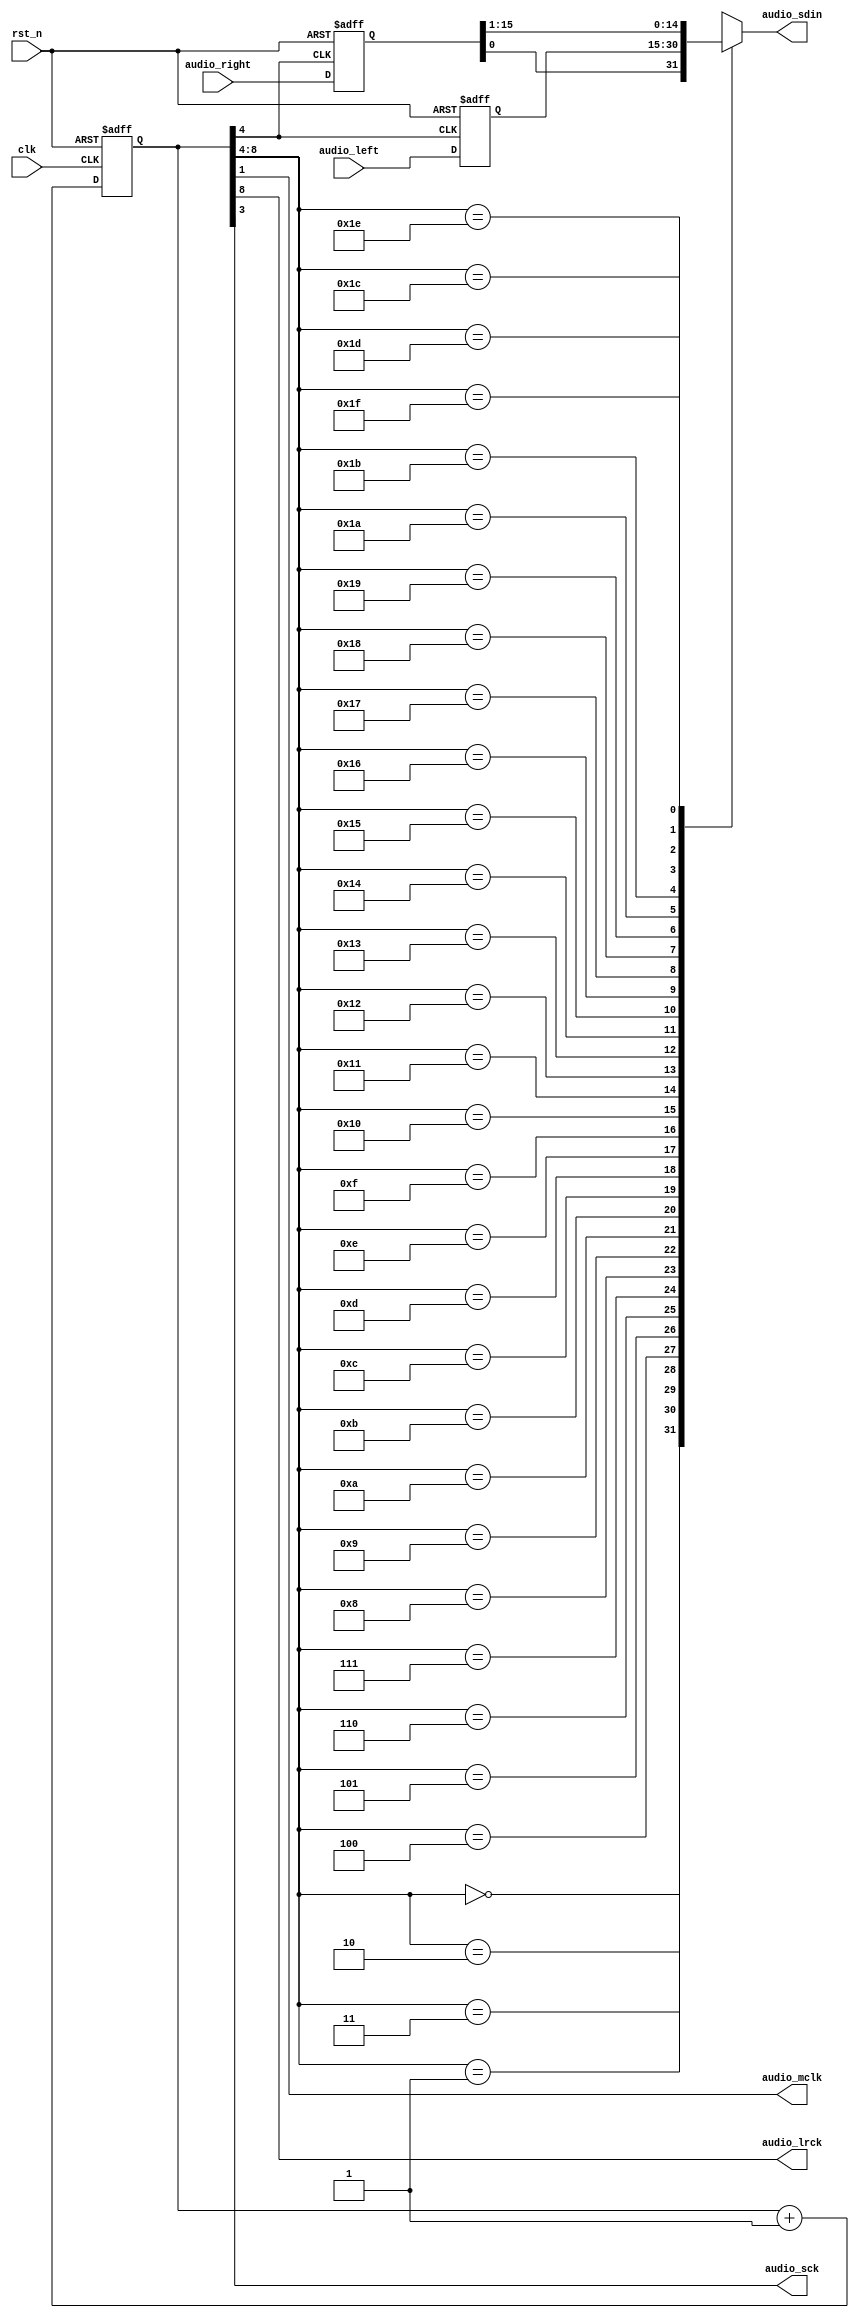
`timescale 1ns / 1ps
module speaker_control(
  clk,  // clock from the crystal
  rst_n,  // active low reset
  audio_left, // left channel audio data input
  audio_right, // right channel audio data input
  audio_mclk, // master clock
  audio_lrck, // left-right clock, Word Select clock, or sample rate clock
  audio_sck, // serial clock
  audio_sdin // serial audio data input
);

// I/O declaration
input clk;  // clock from the crystal
input rst_n;  // active low reset
input [15:0] audio_left; // left channel audio data input
input [15:0] audio_right; // right channel audio data input
output audio_mclk; // master clock
output audio_lrck; // left-right clock
output audio_sck; // serial clock
output reg audio_sdin; // serial audio data input

reg [8:0]count;
wire [8:0]count_next;
reg [15:0]audio_left_temp;
reg [15:0]audio_right_temp;

assign count_next = count+1;
always @(posedge clk or negedge rst_n)
begin
    if (~rst_n)
        count <= 9'd0;
    else
        count <= count_next;
end
assign audio_mclk = count[1];
assign audio_lrck = count[8];
assign audio_sck = count[3];

always @(posedge count[4] or negedge rst_n)
begin
    if (~rst_n)
    begin
        audio_left_temp <= 16'd0;
        audio_right_temp <= 16'd0;
    end
    else
    begin
        audio_left_temp <= audio_left;
        audio_right_temp <= audio_right;
    end
end
always@(*)
begin
    case (count[8:4])
    5'b00000: audio_sdin = audio_right_temp[0];
    5'b00001: audio_sdin = audio_left_temp[15];
    5'b00010: audio_sdin = audio_left_temp[14];
    5'b00011: audio_sdin = audio_left_temp[13];
    5'b00100: audio_sdin = audio_left_temp[12];
    5'b00101: audio_sdin = audio_left_temp[11];
    5'b00110: audio_sdin = audio_left_temp[10];
    5'b00111: audio_sdin = audio_left_temp[9];
    5'b01000: audio_sdin = audio_left_temp[8];
    5'b01001: audio_sdin = audio_left_temp[7];
    5'b01010: audio_sdin = audio_left_temp[6];
    5'b01011: audio_sdin = audio_left_temp[5];
    5'b01100: audio_sdin = audio_left_temp[4];
    5'b01101: audio_sdin = audio_left_temp[3];
    5'b01110: audio_sdin = audio_left_temp[2];
    5'b01111: audio_sdin = audio_left_temp[1];
    5'b10000: audio_sdin = audio_left_temp[0];
    5'b10001: audio_sdin = audio_right_temp[15];
    5'b10010: audio_sdin = audio_right_temp[14];
    5'b10011: audio_sdin = audio_right_temp[13];
    5'b10100: audio_sdin = audio_right_temp[12];
    5'b10101: audio_sdin = audio_right_temp[11];
    5'b10110: audio_sdin = audio_right_temp[10];
    5'b10111: audio_sdin = audio_right_temp[9];
    5'b11000: audio_sdin = audio_right_temp[8];
    5'b11001: audio_sdin = audio_right_temp[7];
    5'b11010: audio_sdin = audio_right_temp[6];
    5'b11011: audio_sdin = audio_right_temp[5];
    5'b11100: audio_sdin = audio_right_temp[4];
    5'b11101: audio_sdin = audio_right_temp[3];
    5'b11110: audio_sdin = audio_right_temp[2];
    5'b11111: audio_sdin = audio_right_temp[1];
    default: audio_sdin = 1'b0;
  endcase
end
endmodule